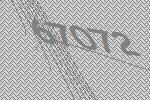
67072